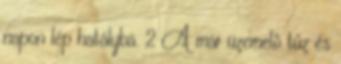
napon lép hatályba. 2 A már üzemelõ tûz és